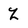
Character: Z